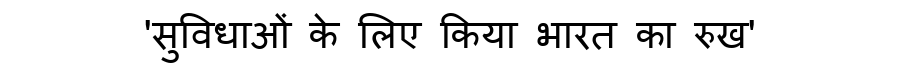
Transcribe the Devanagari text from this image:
'सुविधाओं के लिए किया भारत का रुख'